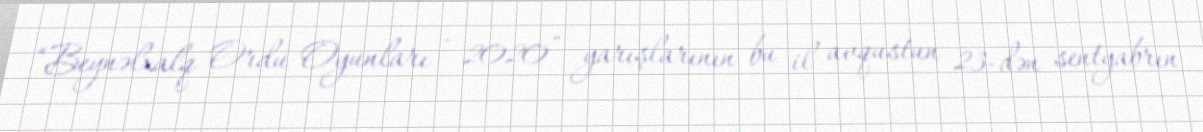
“Beynəlxalq Ordu Oyunları - 2020” yarışlarının bu il avqustun 23-dən sentyabrın